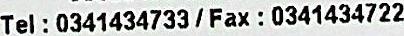
TEL : 0341434733 / FAX : 0341434722